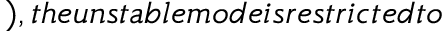
) , t h e u n s t a b l e m o d e i s r e s t r i c t e d t o